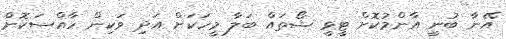
އޭނާ ބުނީ އާންމުކޮށް ޓީވީ ޝޯތައް ބަލާ މީހަކަށް އަދި ވަކިން ހާއްސަކޮށް